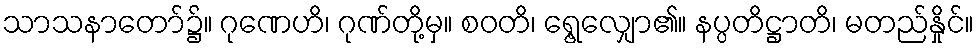
သာသနာတော်၌။ ဂုဏေဟိ၊ ဂုဏ်တို့မှ။ စဝတိ၊ ရွေ့လျှော၏။ နပ္ပတိဋ္ဌာတိ၊ မတည်နှိုင်။